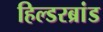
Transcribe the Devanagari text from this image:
हिल्डरब्रांड